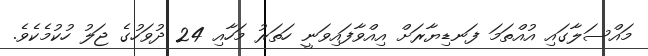
މައްސަލާގައި އުއްތަމަ ފަނޑިޔާރަށް އިއްވާފައިވަނީ ހަތަރު މަހާއި 24 ދުވަހުގެ ޖަލު ހުކުމެކެވެ.